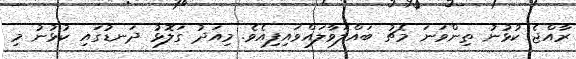
ރާއްޖެ ކުޅުނު ތިންވަނަ މެޗު ބައްލަވާލައްވައިފިއެވެ. މިއަދު ގަލޮޅު ދަނޑުގައި ކުޅުނު މި